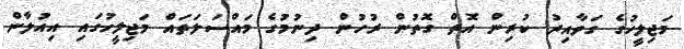
މަޖިލީހުގެ ގަވާއިދު ކުރިން އޮތް ގޮތުން ރުހުން ދިނުމުގެ މައްސަލަތައް މަޖިލީހުގައި އިއުލާން